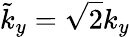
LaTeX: \tilde{k}_{y}=\sqrt{2}k_{y}